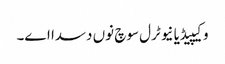
وکیپیڈیا نیوٹرل سوچ نوں دسدا اے۔